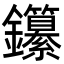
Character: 𨰭